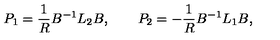
P _ { 1 } = { \frac { 1 } { R } } B ^ { - 1 } L _ { 2 } B , \qquad P _ { 2 } = - { \frac { 1 } { R } } B ^ { - 1 } L _ { 1 } B ,